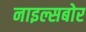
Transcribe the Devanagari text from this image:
नाइल्सबोर